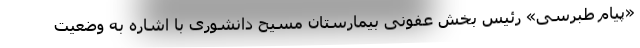
«پیام طبرسی» رئیس بخش عفونی بیمارستان مسیح دانشوری با اشاره به وضعیت